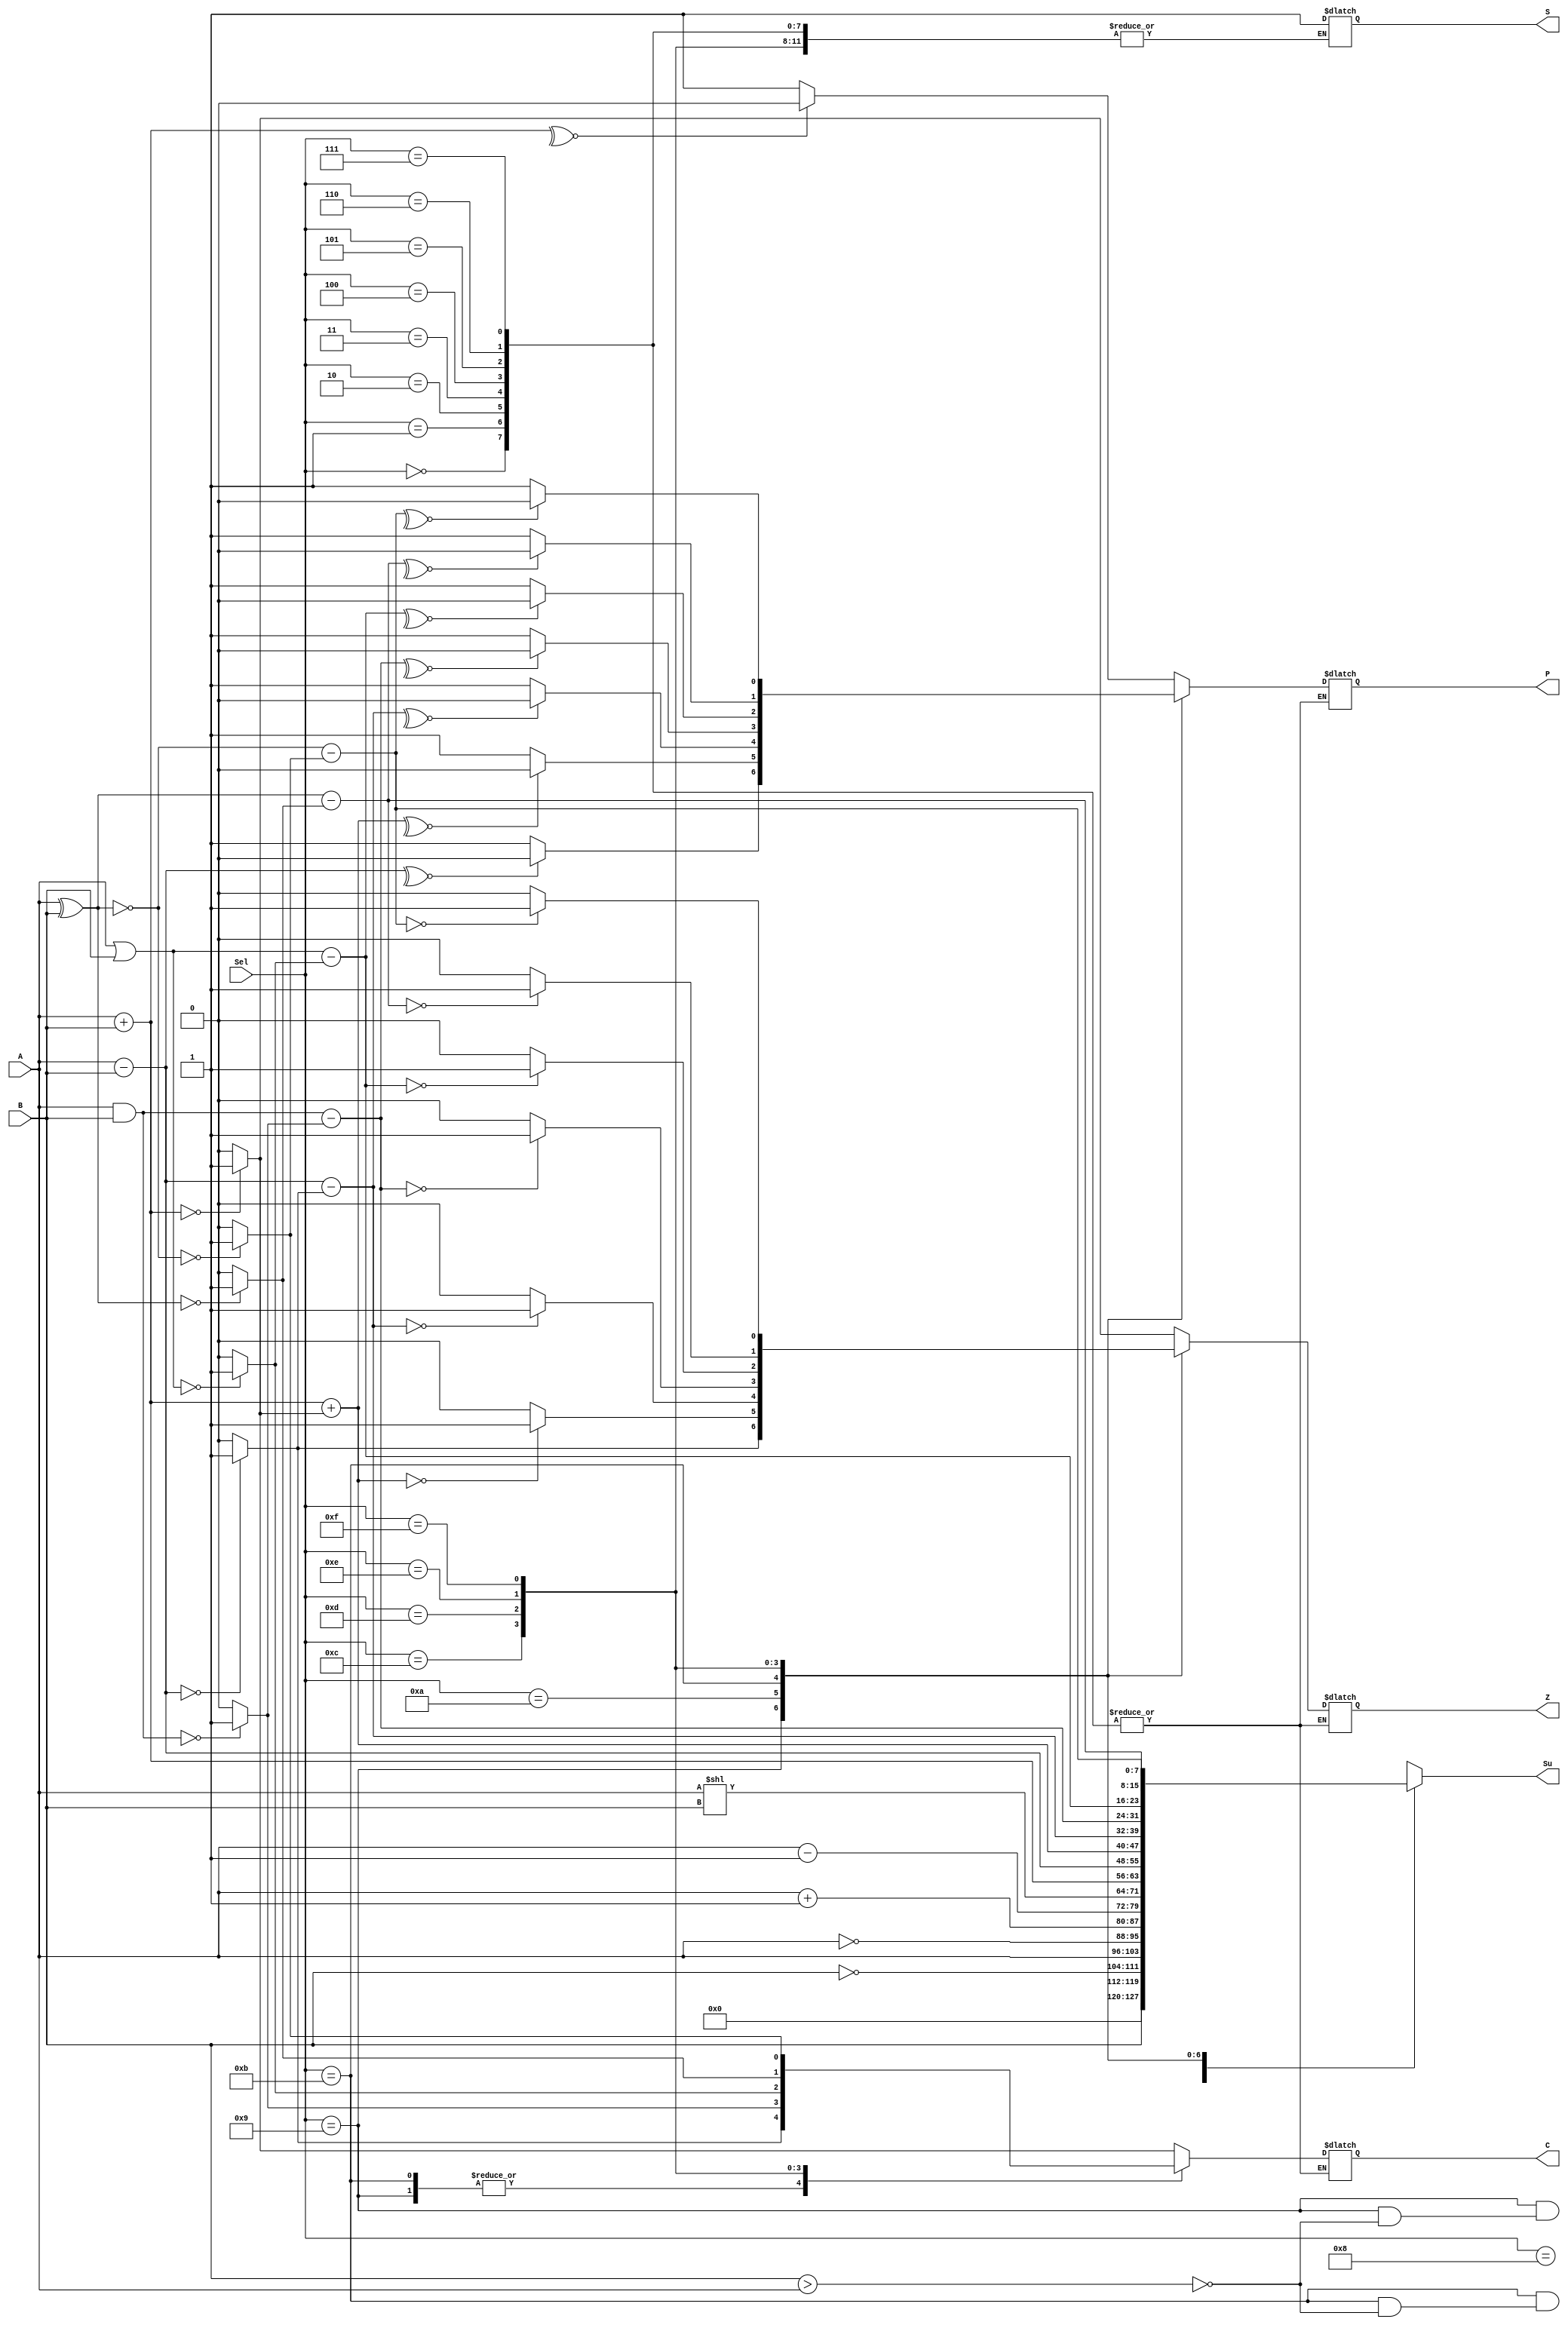
module ALU8bit(
    input [7:0] A,
    input [7:0] B,
    input[3:0] Sel,
    output reg[7:0] Su = 0,
    output reg Z = 0,
    output reg C = 0,
    output reg S = 0,
    output reg P = 0 
);

reg k = 0;

always @(*)
    begin
    case(Sel)
    
    4'h0:
        begin
            Su = 0;
        end
    4'h1:
        begin
            Su = B;
        end 
    4'h2: 
        begin
            Su = ~B;
        end
    4'h3:   
        begin
            Su = A;
        end
    4'h4:   
        begin
            Su = ~A;
        end
    4'h5:   
        begin
            Su = A + 1;
        end
    4'h6: 
        begin
            Su = A - 1;
        end  
    4'h7:
        begin
           Su = A << B;
        end    
    4'h8:
        begin
            Su = A + B;
            Z = (Su == 8'b0)?1:0;
            C = (Su == 8'b0)?1:0;
            k = ~^Su;        //Odd Parity, XNOR of all the bits. If its 0 then Odd else Even
            if (k == 1'b0)
                P = 1;
            else 
                P = 0;
        end
    4'h9: 
        begin
            Su = A - B;
            if(B > A)
                S = 1;
            Z = (Su == 8'b0)?1:0;
            C = (Su == 8'b0)?1:0;
            k = ~^Su;
            if (k == 1'b0)
                P = 1;
            else 
                P = 0; 
            
        end
    4'hA:
        begin 
            Su = A + B;
            C = (Su == 8'b0)?1:0;
            Su = Su + C;
            Z = (Su == 8'b0)?1:0;
            k = ~^Su;
            if (k == 1'b0)
                P = 1;
            else 
                P = 0;
        end
    4'hB:
        begin
            Su = A - B;
            if(B > A)
                S = 1;
            C = (Su == 8'b0)?1:0;
            Su = Su - C;
            Z = (Su == 8'b0)?1:0;
            k = ~^Su;
            if (k == 1'b0)
                P = 1;
            else 
                P = 0;
        end
    4'hC: 
        begin
            Su = A & B;
            C = (Su == 8'b0)?1:0;
            Su = Su - C;
            Z = (Su == 8'b0)?1:0;
            k = ~^Su;
            if (k == 1'b0)
                P = 1;
            else 
                P = 0;
        end        
    4'hD:
        begin
            Su = A | B;
            C = (Su == 8'b0)?1:0;
            Su = Su - C;
            Z = (Su == 8'b0)?1:0;
            k = ~^Su;
            if (k == 1'b0)
                P = 1;
            else 
                P = 0;
        end      
    4'hE:
        begin
            Su = A ^ B;
            C = (Su == 8'b0)?1:0;
            Su = Su - C;
            Z = (Su == 8'b0)?1:0;
            k = ~^Su;
            if (k == 1'b0)
                P = 1;
            else 
                P = 0;
        end  
      
    4'hF:
        begin
            Su = ~(A ^ B);
            C = (Su == 8'b0)?1:0;
            Su = Su - C;
            Z = (Su == 8'b0)?1:0;
            k = ~^Su;
            if (k == 1'b0)
                P = 1;
            else 
                P = 0;
        end   
        default: Su = 0;
    endcase
    end

endmodule